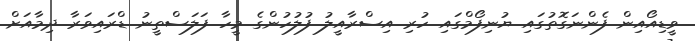
ވީޑިއޯއިން ފެންނަގޮތުގައި ޔުނިފޯމްގައި ހުރި އިސްރާއީލު ފުލުހުންގެ މީހާ ފަލަސްތީނު ޑްރައިވަރާ ދިމާއަށް